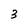
Character: 3